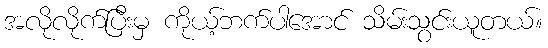
အလိုလိုက်ပြီးမှ ကိုယ့်ဘက်ပါအောင် သိမ်းသွင်းယူတယ်။